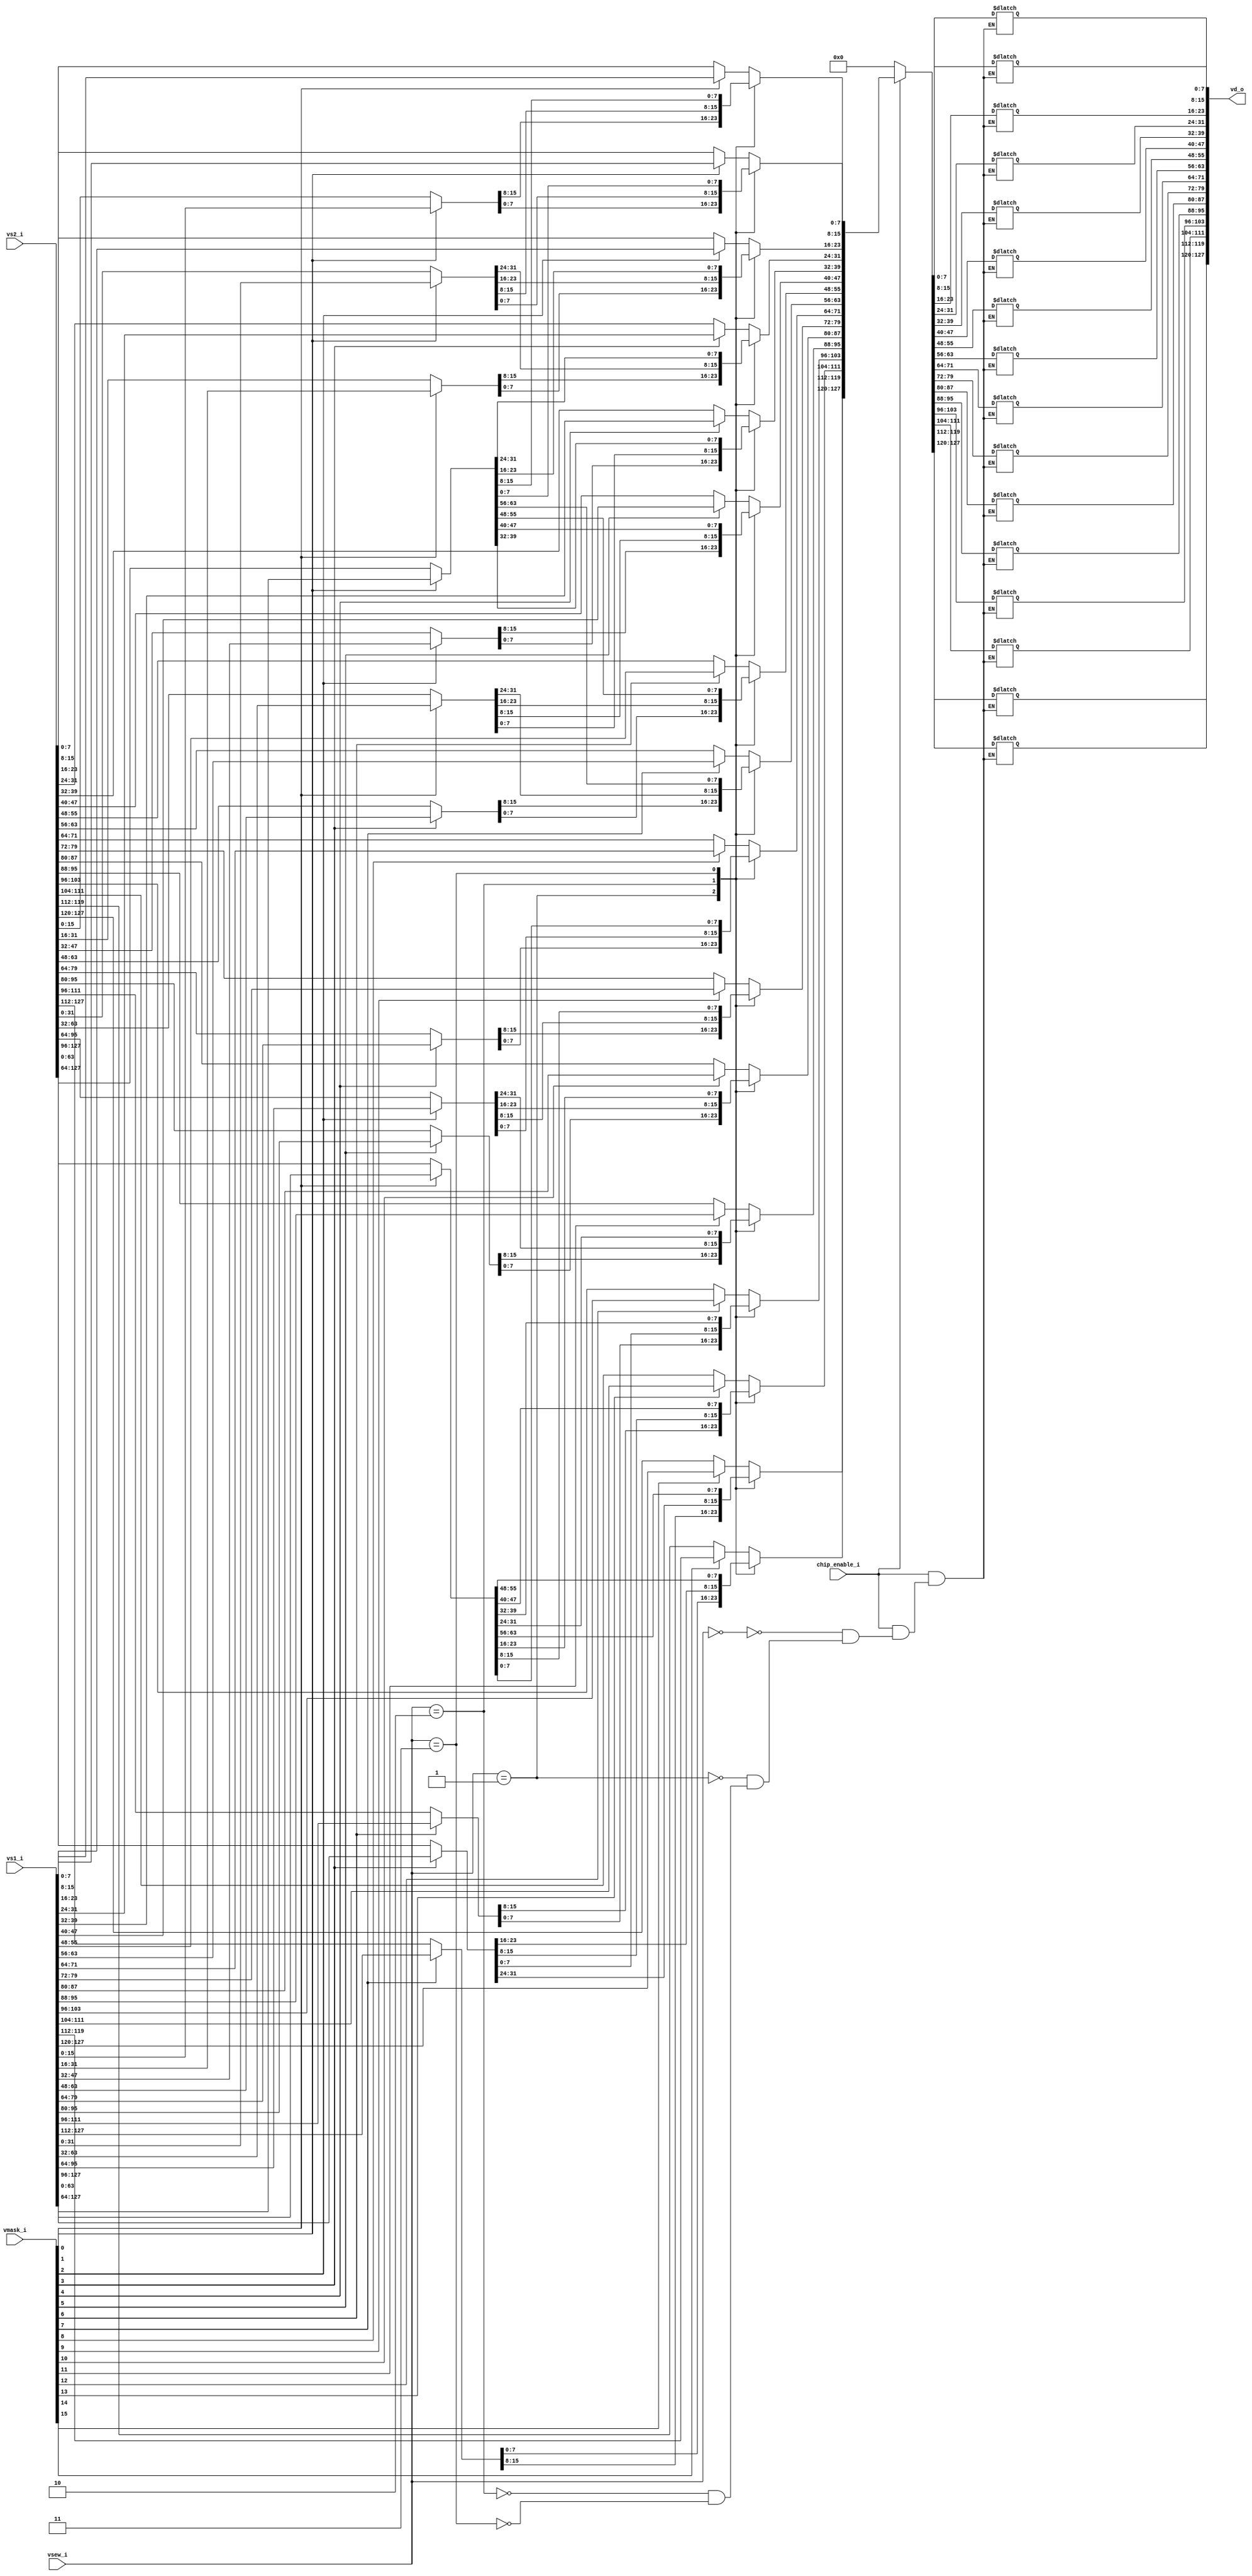
module vector_merge_unit(
	input				chip_enable_i,
	input		[2:0]	vsew_i,
	input		[127:0]	vs1_i,
	input		[127:0]	vs2_i,
	input		[15:0]	vmask_i,
	output reg	[127:0]	vd_o
);
	always @(*)
		if(chip_enable_i)
			case (vsew_i)
				3'b000:
					begin
						vd_o[7:0] 		= (vmask_i[0] ? vs1_i[7:0]    : vs2_i[7:0]);
						vd_o[15:8] 		= (vmask_i[1] ? vs1_i[15:8]   : vs2_i[15:8]);
						vd_o[23:16] 	= (vmask_i[2] ? vs1_i[23:16]  : vs2_i[23:16]);
						vd_o[31:24] 	= (vmask_i[3] ? vs1_i[31:24]  : vs2_i[31:24]);
						vd_o[39:32] 	= (vmask_i[4] ? vs1_i[39:32]  : vs2_i[39:32]);
						vd_o[47:40] 	= (vmask_i[5] ? vs1_i[47:40]  : vs2_i[47:40]);
						vd_o[55:48] 	= (vmask_i[6] ? vs1_i[55:48]  : vs2_i[55:48]);
						vd_o[63:56] 	= (vmask_i[7] ? vs1_i[63:56]  : vs2_i[63:56]);
						vd_o[71:64] 	= (vmask_i[8] ? vs1_i[71:64]  : vs2_i[71:64]);
						vd_o[79:72] 	= (vmask_i[9] ? vs1_i[79:72]  : vs2_i[79:72]);
						vd_o[87:80] 	= (vmask_i[10]? vs1_i[87:80]  : vs2_i[87:80]);
						vd_o[95:88] 	= (vmask_i[11]? vs1_i[95:88]  : vs2_i[95:88]);
						vd_o[103:96] 	= (vmask_i[12]? vs1_i[103:96] : vs2_i[103:96]);
						vd_o[111:104] 	= (vmask_i[13]? vs1_i[111:104]: vs2_i[111:104]);
						vd_o[119:112] 	= (vmask_i[14]? vs1_i[119:112]: vs2_i[119:112]);
						vd_o[127:120] 	= (vmask_i[15]? vs1_i[127:120]: vs2_i[127:120]);
					end
				
				3'b001:
					begin
						vd_o[15:0] 		= (vmask_i[0] ? vs1_i[15:0]   : vs2_i[15:0]);
						vd_o[31:16] 	= (vmask_i[1] ? vs1_i[31:16]  : vs2_i[31:16]);
						vd_o[47:32] 	= (vmask_i[2] ? vs1_i[47:32]  : vs2_i[47:32]);
						vd_o[63:48] 	= (vmask_i[3] ? vs1_i[63:48]  : vs2_i[63:48]);
						vd_o[79:64] 	= (vmask_i[4] ? vs1_i[79:64]  : vs2_i[79:64]);
						vd_o[95:80] 	= (vmask_i[5] ? vs1_i[95:80]  : vs2_i[95:80]);
						vd_o[111:96] 	= (vmask_i[6] ? vs1_i[111:96] : vs2_i[111:96]);
						vd_o[127:112] 	= (vmask_i[7] ? vs1_i[127:112]: vs2_i[127:112]);
					end
				
				3'b010:
					begin
						vd_o[31:0] 		= (vmask_i[0] ? vs1_i[31:0]   : vs2_i[31:0]);
						vd_o[63:32] 	= (vmask_i[1] ? vs1_i[63:32]  : vs2_i[63:32]);
						vd_o[95:64] 	= (vmask_i[2] ? vs1_i[95:64]  : vs2_i[95:64]);
						vd_o[127:96] 	= (vmask_i[3] ? vs1_i[127:96] : vs2_i[127:96]);
					end
					
				3'b011:
					begin
						vd_o[63:0] 	 	= (vmask_i[0] ? vs1_i[63:0]   : vs2_i[63:0]);
						vd_o[127:64] 	= (vmask_i[1] ? vs1_i[127:64] : vs2_i[127:64]);
					end
				
			endcase
		else
			vd_o <= 'b0;
	
endmodule